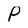
Character: P